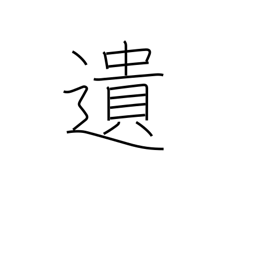
Meaning: bequeath